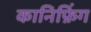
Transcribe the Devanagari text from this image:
कानिफ़िंग